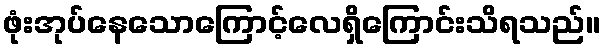
ဖုံးအုပ်နေသောကြောင့်လေရှိကြောင်းသိရသည်။